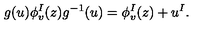
g ( u ) \phi _ { v } ^ { I } ( z ) g ^ { - 1 } ( u ) = \phi _ { v } ^ { I } ( z ) + u ^ { I } .